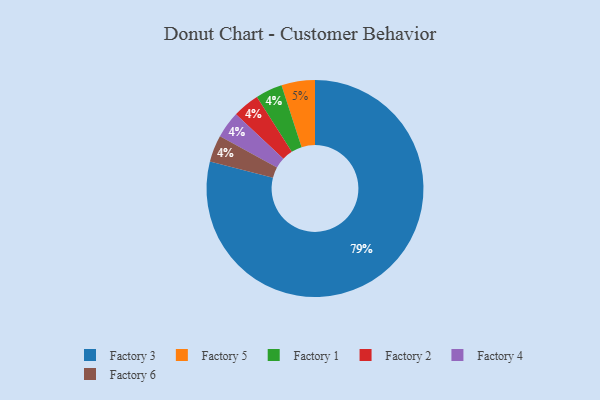
{"axis": {"x": "Category", "y": "Percentage"}, "legend": ["Factory 1", "Factory 2", "Factory 3", "Factory 4", "Factory 5", "Factory 6"], "data": [{"x": "Factory 1", "y": 4, "type": "Factory 1"}, {"x": "Factory 5", "y": 5, "type": "Factory 5"}, {"x": "Factory 2", "y": 4, "type": "Factory 2"}, {"x": "Factory 4", "y": 4, "type": "Factory 4"}, {"x": "Factory 3", "y": 79, "type": "Factory 3"}, {"x": "Factory 6", "y": 4, "type": "Factory 6"}]}